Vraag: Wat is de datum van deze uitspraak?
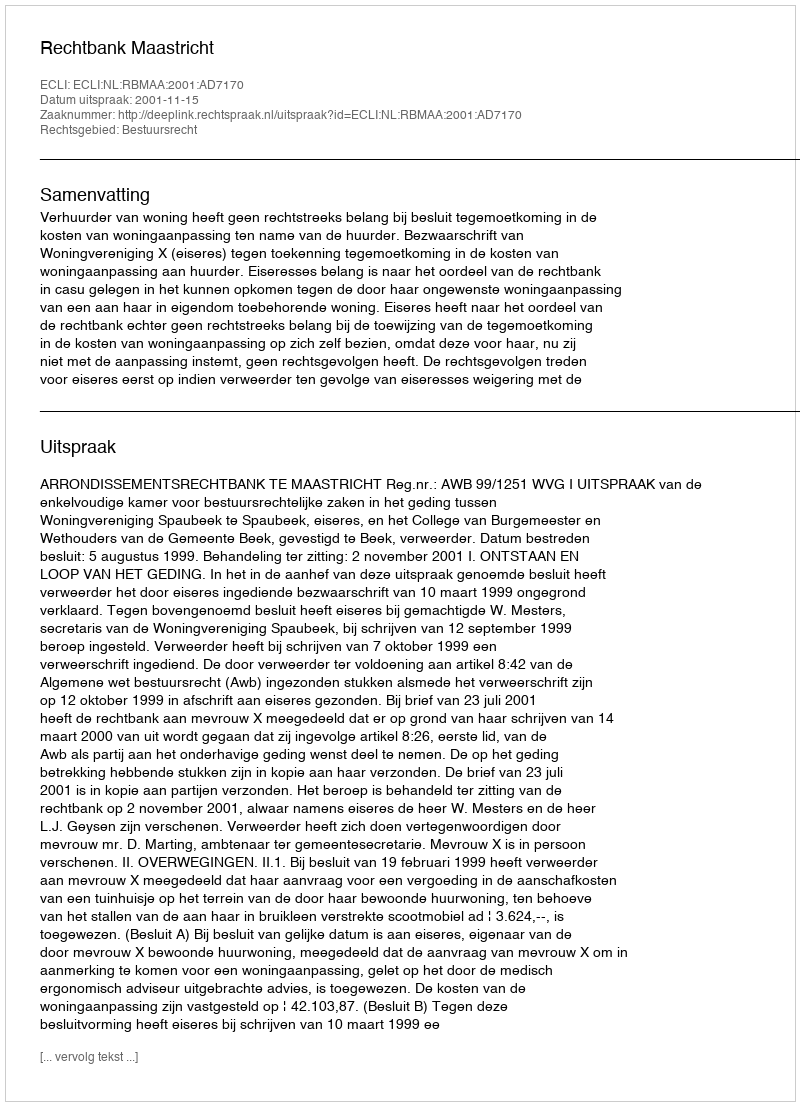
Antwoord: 2001-11-15